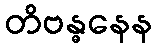
တိဗန္ဓနေန